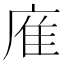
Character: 㢈